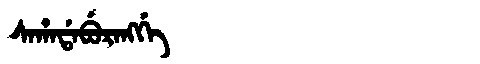
Manchu: ᠰᠠᡥᠠᡩᠠᠪᡠᡵᠠᠩᡤᡝ
Romanization: SAHADABURANGGE